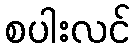
စပါးလင်